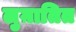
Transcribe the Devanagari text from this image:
लुग़ातित